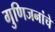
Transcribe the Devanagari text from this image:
गुणिजनांचे